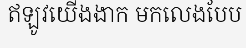
ឥឡូវយើងងាក មកលេងបែប